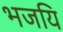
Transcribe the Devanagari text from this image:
भजयि